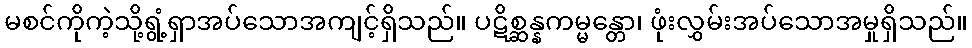
မစင်ကိုကဲ့သို့ရွံ့ရှာအပ်သောအကျင့်ရှိသည်။ ပဋိစ္ဆန္နကမ္မန္တော၊ ဖုံးလွှမ်းအပ်သောအမှုရှိသည်။